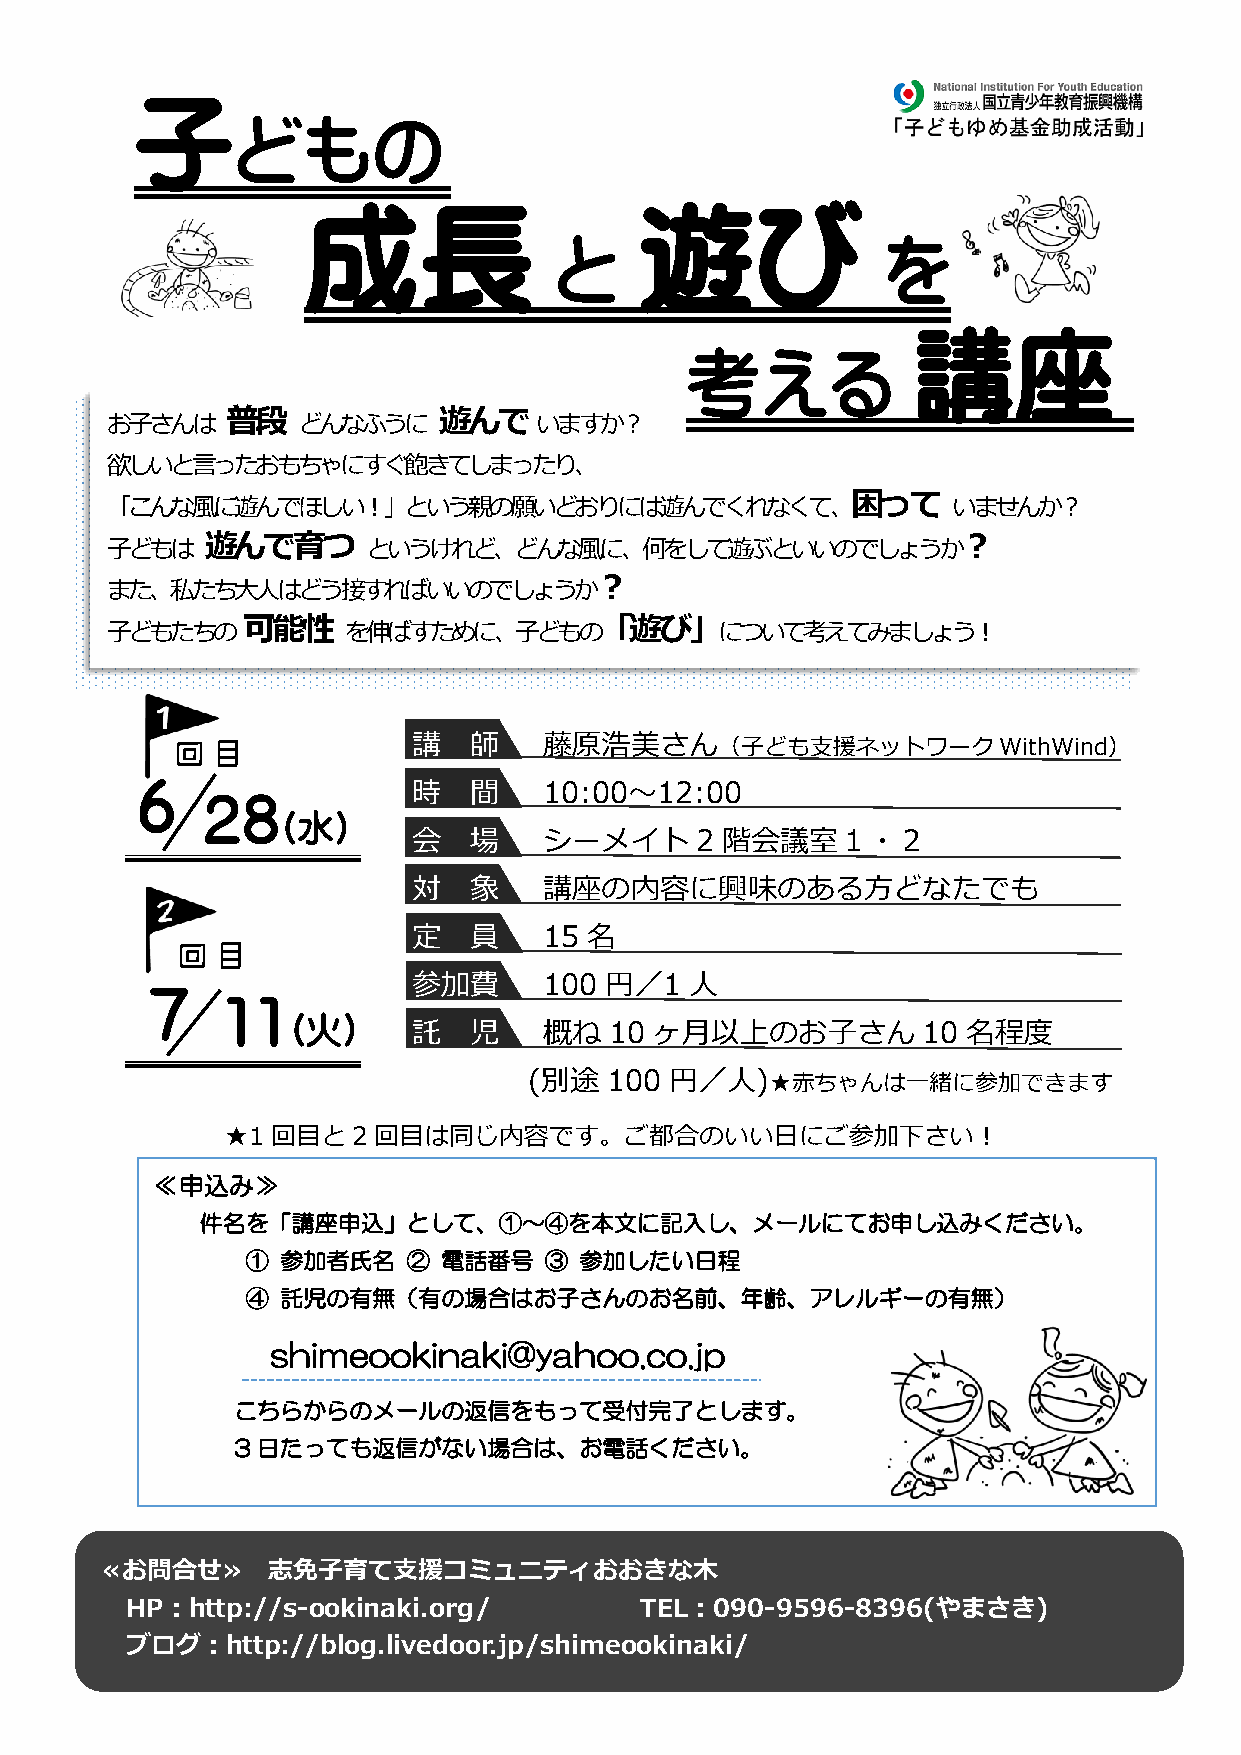
子
 どもの
 成長                    遊び
 と                     を
 講座
 考える
 普段            遊んで
 お子さんは        どんなふうに         いますか？
 欲しいと言ったおもちゃにすぐ飽きてしまったり、
 困って
 「こんな風に遊んでほしい！」という親の願いどおりには遊んでくれなくて、                     いませんか？
 遊んで育つ                                             ？
 子どもは             というけれど、どんな風に、何をして遊ぶといいのでしょうか
 ？
 また、私たち大人はどう接すればいいのでしょうか
 可能性                     「遊び」
 子どもたちの          を伸ばすために、子どもの             について考えてみましょう！
 回目              講   師    藤原浩美さん（子ども支援ネットワークWithWind）
 ６                 時   間    10:00～12:00
 28
 (水)
 会   場    シーメイト     2 階会議室１・２
 対   象    講座の内容に興味のある方どなたでも
 定   員    15 名
 回目
 参加費      100 円／1   人
 ７
 11
 (火)
 託   児    概ね  10 ヶ月以上のお子さん         10 名程度
 (別途  100 円／人)★赤ちゃんは一緒に参加できます
 ★1回目と2回目は同じ内容です。ご都合のいい日にご参加下さい！
 ≪申込み≫
 件名を「講座申込」として、①～④を本文に記入し、メールにてお申し込みください。
 ①  参加者氏名   ② 電話番号   ③ 参加したい日程
 ④  託児の有無（有の場合はお子さんのお名前、年齢、アレルギーの有無）
 shimeookinaki@yahoo.co.jp
 こちらからのメールの返信をもって受付完了とします。
 3日たっても返信がない場合は、お電話ください。
 ≪お問合せ≫     志免子育て支援コミュニティおおきな木
 HP：http://s-ookinaki.org/         TEL：090-9596-8396(やまさき)
 ブログ：http://blog.livedoor.jp/shimeookinaki/